Annual report of the Punjab Veterinary College and of the Civil Veterinary Department, Punjab - 1926-1932
Year: 1926
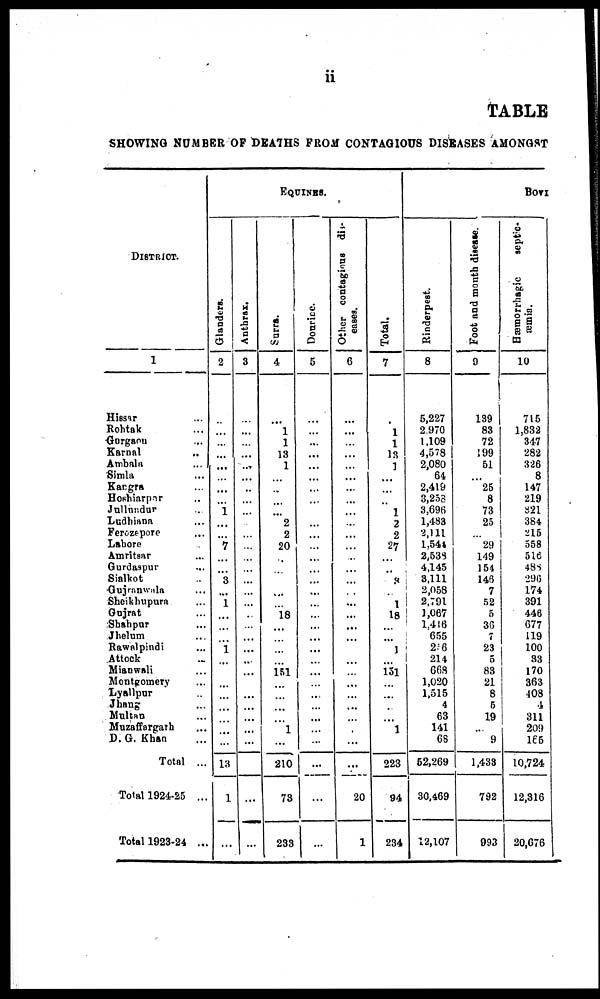
ii
TABLE
SHOWING NUMBER OF DEATHS FROM CONTAGIOUS DISEASES AMONGST
District.
1
Hissar ...
Rohtak ...
Gurgaon ...
Karnal ...
Ambala ...
Simla ...
Kargra ...
Hoshiarpar ...
Jullundur ...
Ludhiana ...
Ferozepore ...
Lahore ...
Amritsar ...
Gurdaspur ...
Sialkot ...
Gujranwala ...
Sheikhupura ...
Gujrat ...
Shahpur ...
Jhelum ...
Rawalpindi ...
Attock ...
Mianwali ...
Montgomery ...
Lyallpur ...
Jhang ...
Multan ...
Muzaffargarh ...
D.G. Khan ...
Total ...
Total 1924-25 ...
Total 1923-24 ...
Gl ander s .
2
...
...
...
...
...
...
...
...
1
...
...
7
...
...
3
...
1
...
...
...
1
...
...
...
...
...
...
...
...
13
1
...
Anthrax.
3
...
...
...
...
......
...
...
...
...
...
...
...
...
...
...
...
...
...
...
...
...
...
...
...
...
...
...
...
...
...
...
...
EQUINES.
Surra.
4
...
1
1
13
1
...
...
...
...
2
2
20
...
...
...
...
...
18
...
...
...
...
151
...
...
...
...
1
...
210
73
233
Dourice.
5
...
...
...
...
...
...
...
...
...
...
...
...
...
...
...
...
...
...
...
...
...
...
...
...
...
...
...
...
...
...
...
...
Ot her c o n t a g i o u s di s-
eases.
6
...
...
...
...
...
...
...
...
...
...
...
...
...
...
...
...
...
...
...
...
...
...
...
...
...
...
...
...
...
...
20
1
Tot al .
7
...
1
1
13
1
...
...
...
1
2
2
27
...
...
3
...
1
18
...
...
1
...
151
...
...
...
...
1
...
223
94
234
Ri nder pes t
.
8
5,227
2,970
1,109
4,578
2,080
64
2,419
3,258
3,696
1,483
2,111
1,544
2,538
4,145
3,111
2,058
2,791
1,067
1,416
655
216
214
668
1,020
1,515
4
63
141
68
52,269
30,469
12,107
Foot and mouth disease.
9
139
83
72
199
51
...
25
8
73
25
...
29
149
154
146
7
52
5
36
7
23
5
83
21
8
5
19
...
9
1,433
792
993
BOVI
Hæmo r
r
h a g ic septic-
æmia.
10
715
1,832
317
282
326
8
147
219
821
384
215
558
516
488
296
174
391
446
677
119
100
33
170
363
408
4
311
209
165
10,724
12,316
20,676